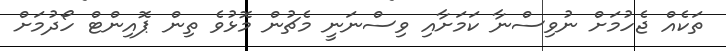
ތަކެއް ޖެހުމަށް ނުވިސްނާ ކަމަށާއި ވިސްނަނީ މެޗުން މޮޅުވެ ތިން ޕޮއިންޓް ހޯދުމަށް